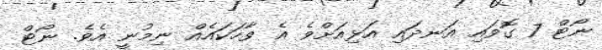
ނޯޓް 7 ގޮވައި އަނދައި އަޅިއަށްވެ އެ ވާހަކައެއް ނިމުނީ އެވެ. ނޯޓް